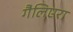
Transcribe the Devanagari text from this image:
गैलिएरा